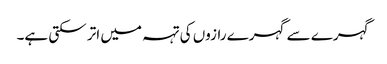
گہرے سے گہرے رازوں کی تہہ میں اتر سکتی ہے۔